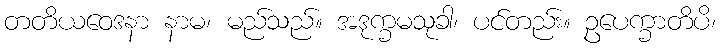
တတိယဝေဒနာ နာမ၊ မည်သည်။ အဒုက္ခမသုခါ၊ ပင်တည်း။ ဥပေက္ခာတိပိ၊